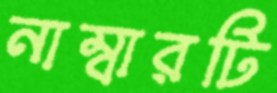
নাম্বারটি